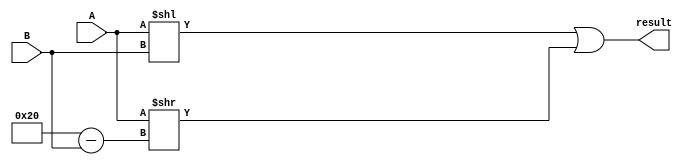
module rotate_left (input [31:0] A, B, output [31:0] result);
	reg [31:0] q;
	always @ (A or B) begin
		q = (A << B) | (A >> 32-B);
	end
	assign result = q;
endmodule